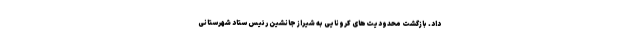
داد. بازگشت محدودیت‌های کرونایی به شیراز جانشین رئیس ستاد شهرستانی